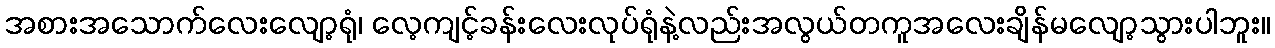
အစားအသောက်လေးလျော့ရုံ၊ လေ့ကျင့်ခန်းလေးလုပ်ရုံနဲ့လည်းအလွယ်တကူအလေးချိန်မလျော့သွားပါဘူး။